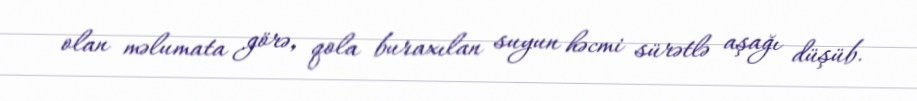
olan məlumata görə, qola buraxılan suyun həcmi sürətlə aşağı düşüb.